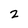
Character: 2